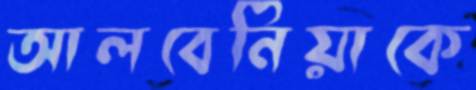
আলবেনিয়াকে